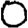
Digit: 0